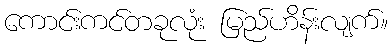
ကောင်းကင်တခုလုံး မြည်ဟိန်းလျက်။